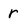
Character: r